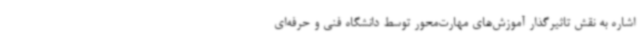
اشاره به نقش تاثیرگذار آموزش‌های مهارت‌محور توسط دانشگاه فنی و حرفه‌ای